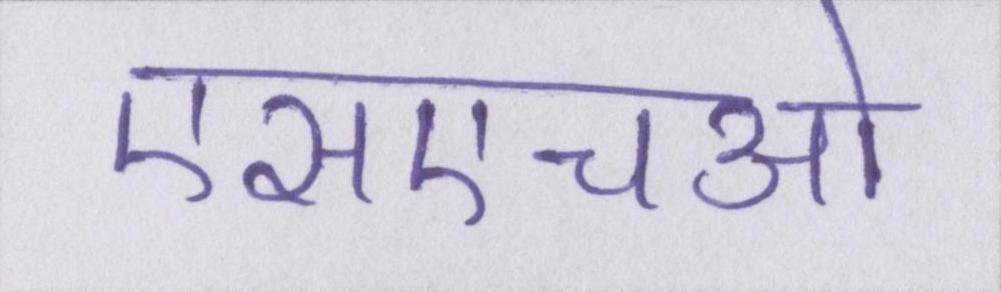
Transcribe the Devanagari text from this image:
एसएचओ